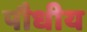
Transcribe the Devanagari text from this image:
पौधीय